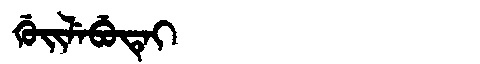
Manchu: ᡤᡠᡳᠯᡝᠪᡠᡨᡝᡳ
Romanization: GUILEBUTEI